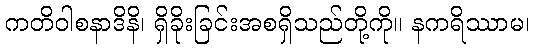
ကတိဝါစနာဒိနိ၊ ရှိခိုးခြင်းအစရှိသည်တို့ကို။ နကရိဿာမ၊